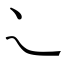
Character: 𬻿